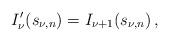
LaTeX: \begin{align*}I_\nu^\prime(s_{\nu, n}) = I_{\nu+1} (s_{\nu,n}) \,,\end{align*}